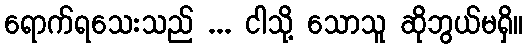
ရောက်ရသေးသည် ... ငါသို့ သောသူ ဆိုဘွယ်မရှိ။